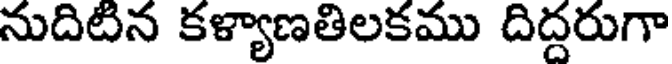
నుదిటిన కళ్యాణతిలకము దిద్దరుగా